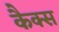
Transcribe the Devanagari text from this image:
कैक्स